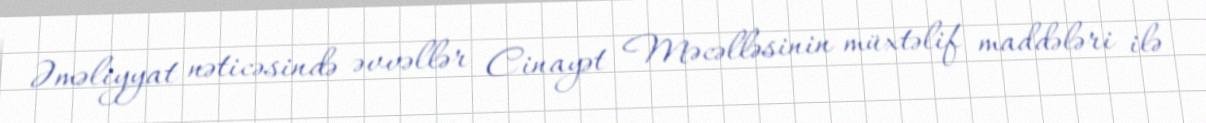
Əməliyyat nəticəsində əvvəllər Cinayət Məcəlləsinin müxtəlif maddələri ilə